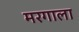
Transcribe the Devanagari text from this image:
मरगाला